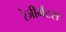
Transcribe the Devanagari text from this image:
रेजीमेंटस